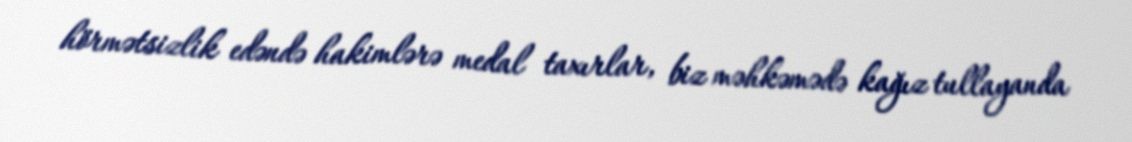
hörmətsizlik edəndə hakimlərə medal taxırlar, biz məhkəmədə kağız tullayanda